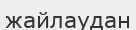
жайлаудан